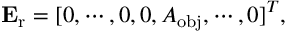
\mathbf { E } _ { \mathrm { r } } = [ 0 , \cdots , 0 , 0 , A _ { \mathrm { o b j } } , \cdots , 0 ] ^ { T } ,